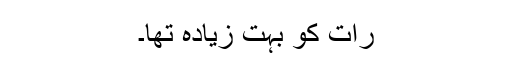
رات کو بہت زیادہ تھا۔